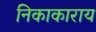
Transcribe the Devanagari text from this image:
निकाकाराय